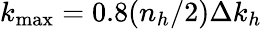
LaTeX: k_{\operatorname*{max}}=0.8(n_{h}/2)\Delta k_{h}